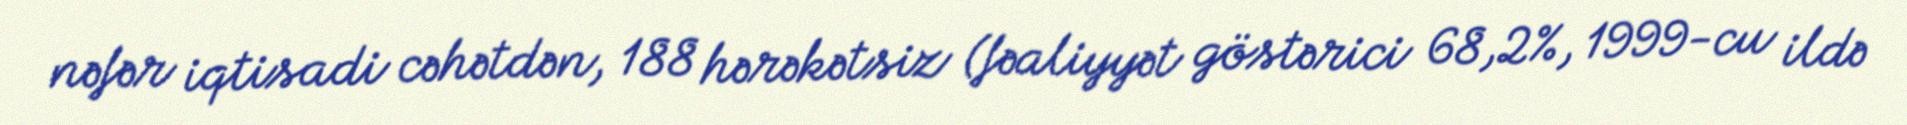
nəfər iqtisadi cəhətdən, 188 hərəkətsiz (fəaliyyət göstərici 68,2%, 1999-cu ildə